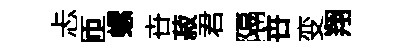
忐匝螺卋菽君隔卋变翔